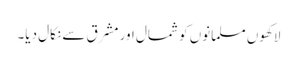
لاکھوں مسلمانوں کو شمال اور مشرق سے نکال دیا۔